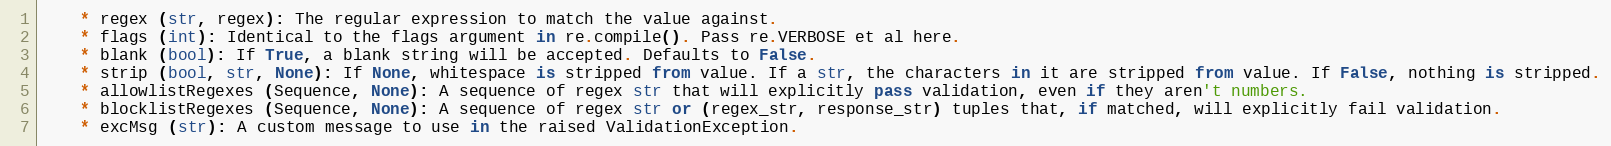
Language: Python
    * regex (str, regex): The regular expression to match the value against.
    * flags (int): Identical to the flags argument in re.compile(). Pass re.VERBOSE et al here.
    * blank (bool): If True, a blank string will be accepted. Defaults to False.
    * strip (bool, str, None): If None, whitespace is stripped from value. If a str, the characters in it are stripped from value. If False, nothing is stripped.
    * allowlistRegexes (Sequence, None): A sequence of regex str that will explicitly pass validation, even if they aren't numbers.
    * blocklistRegexes (Sequence, None): A sequence of regex str or (regex_str, response_str) tuples that, if matched, will explicitly fail validation.
    * excMsg (str): A custom message to use in the raised ValidationException.